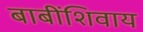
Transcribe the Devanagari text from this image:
बाबींशिवाय